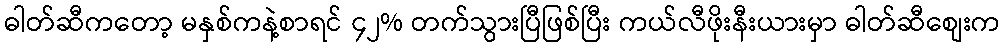
ဓါတ်ဆီကတော့ မနှစ်ကနဲ့စာရင် ၄၂% တက်သွားပြီဖြစ်ပြီး ကယ်လီဖိုးနီးယားမှာ ဓါတ်ဆီစျေးက